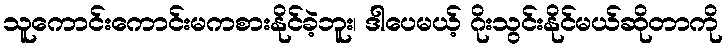
သူကောင်းကောင်းမကစားနိုင်ခဲ့ဘူး၊ ဒါပေမယ့် ဂိုးသွင်းနိုင်မယ်ဆိုတာကို